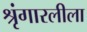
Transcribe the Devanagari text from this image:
श्रृंगारलीला